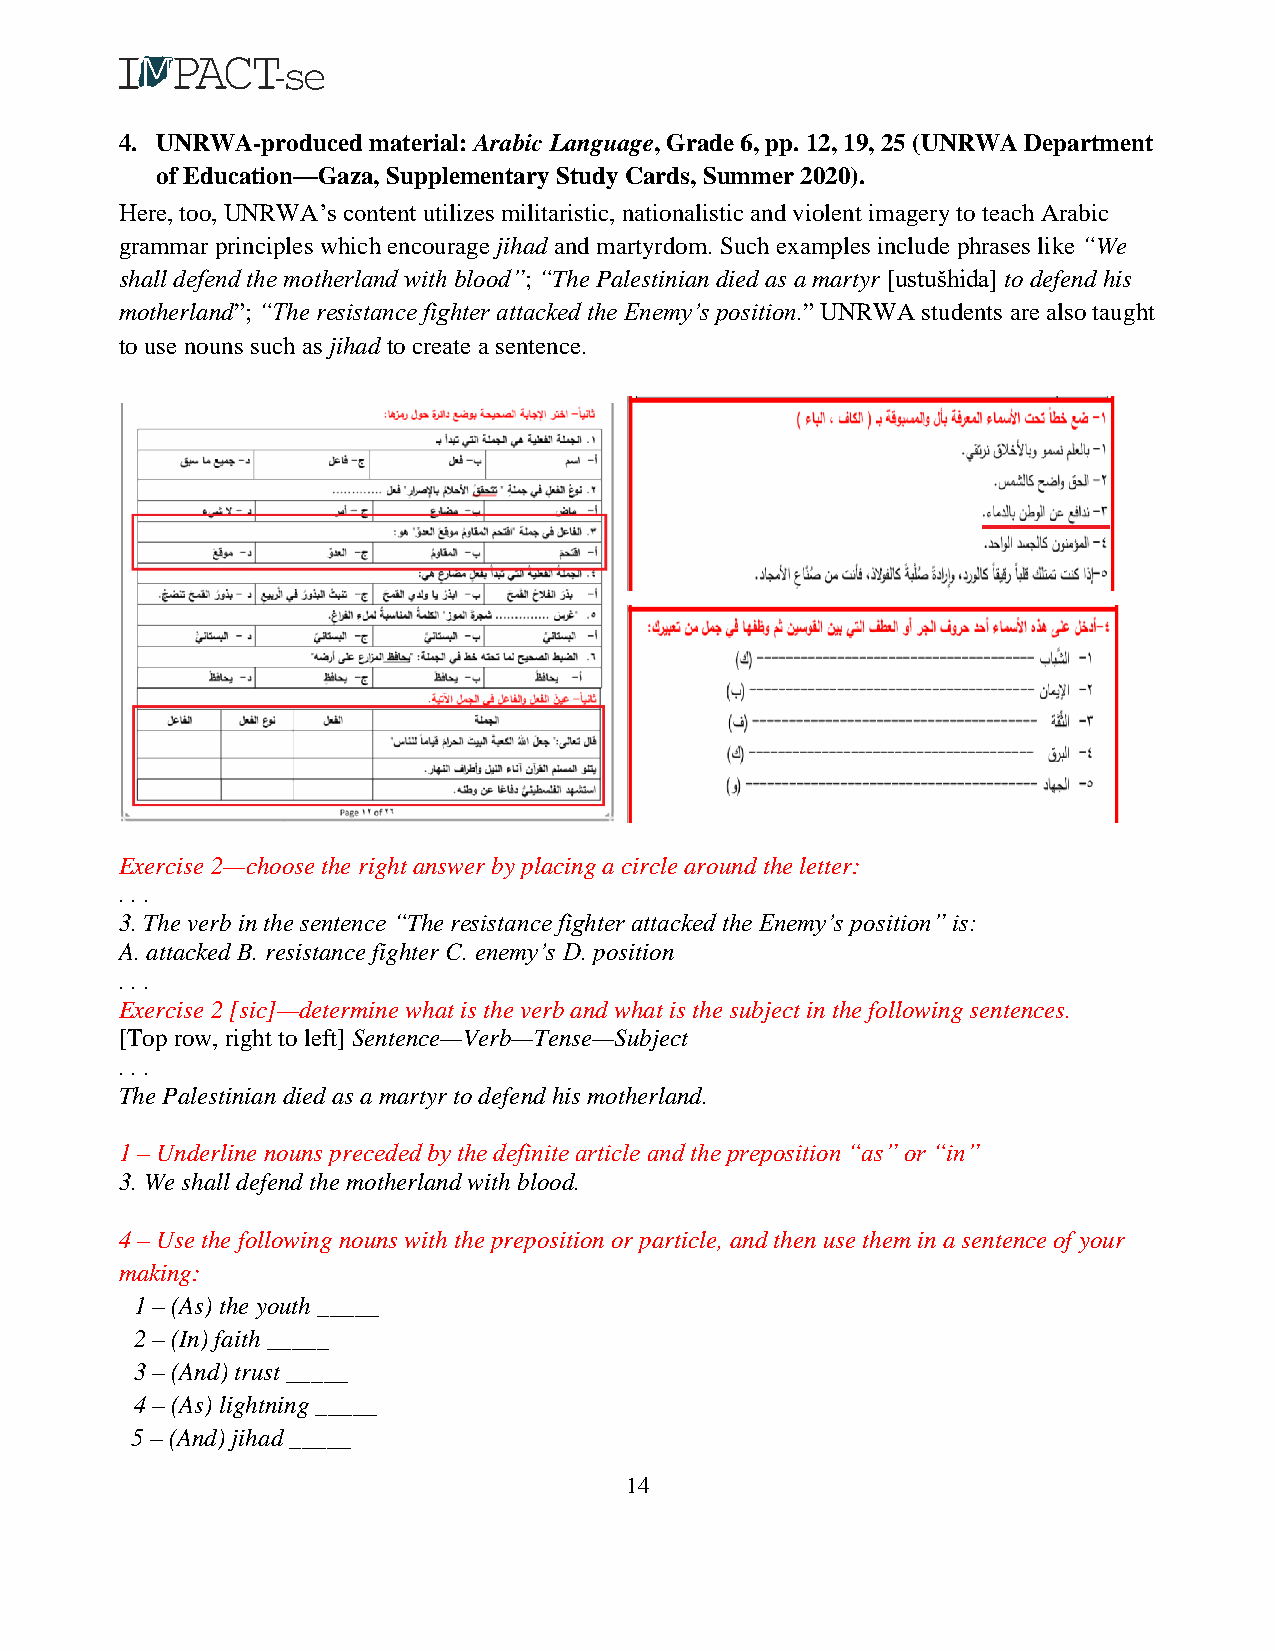
4. UNRWA-produced material: Arabic Language, Grade 6, pp. 12, 19, 25 (UNRWA Department
 of Education—Gaza, Supplementary Study Cards, Summer 2020).
 Here, too, UNRWA’s content utilizes militaristic, nationalistic and violent imagery to teach Arabic
 grammar principles which encourage jihad and martyrdom. Such examples include phrases like “We
 shall defend the motherland with blood”; “The Palestinian died as a martyr [ustušhida] to defend his
 motherland”; “The resistance fighter attacked the Enemy’s position.” UNRWA students are also taught
 to use nouns such as jihad to create a sentence.
 Exercise 2—choose the right answer by placing a circle around the letter:
 . . .
 3. The verb in the sentence “The resistance fighter attacked the Enemy’s position” is:
 A. attacked B. resistance fighter C. enemy’s D. position
 . . .
 Exercise 2 [sic]—determine what is the verb and what is the subject in the following sentences.
 [Top row, right to left] Sentence—Verb—Tense—Subject
 . . .
 The Palestinian died as a martyr to defend his motherland.
 1 – Underline nouns preceded by the definite article and the preposition “as” or “in”
 3. We shall defend the motherland with blood.
 4 – Use the following nouns with the preposition or particle, and then use them in a sentence of your
 making:
 1 – (As) the youth _____
 2 – (In) faith _____
 3 – (And) trust _____
 4 – (As) lightning _____
 5 – (And) jihad _____
 14